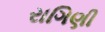
રાગિણી